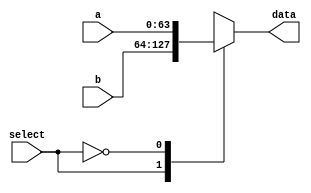
module MUX
(
	input [63:0] a,
	input [63:0] b,
	input select,
	output reg [63:0] data
);
	always @ (a or b or select)
		begin
			case({select})
				1'b1: data <= b;
				1'b0: data <= a;
			endcase
		end
endmodule